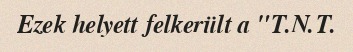
Ezek helyett felkerült a "T.N.T.